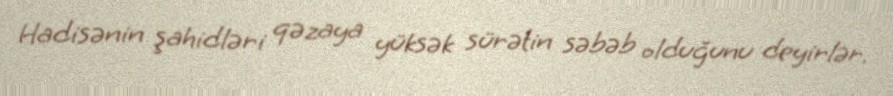
Hadisənin şahidləri qəzaya yüksək sürətin səbəb olduğunu deyirlər.